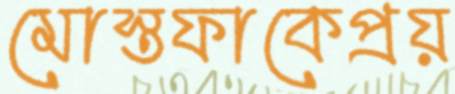
মোস্তফাকেপ্রয়